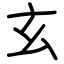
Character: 玄